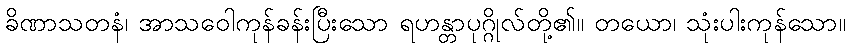
ခိဏာသတနံ၊ အာသဝေါကုန်ခန်းပြီးသော ရဟန္တာပုဂ္ဂိုလ်တို့၏။ တယော၊ သုံးပါးကုန်သော။